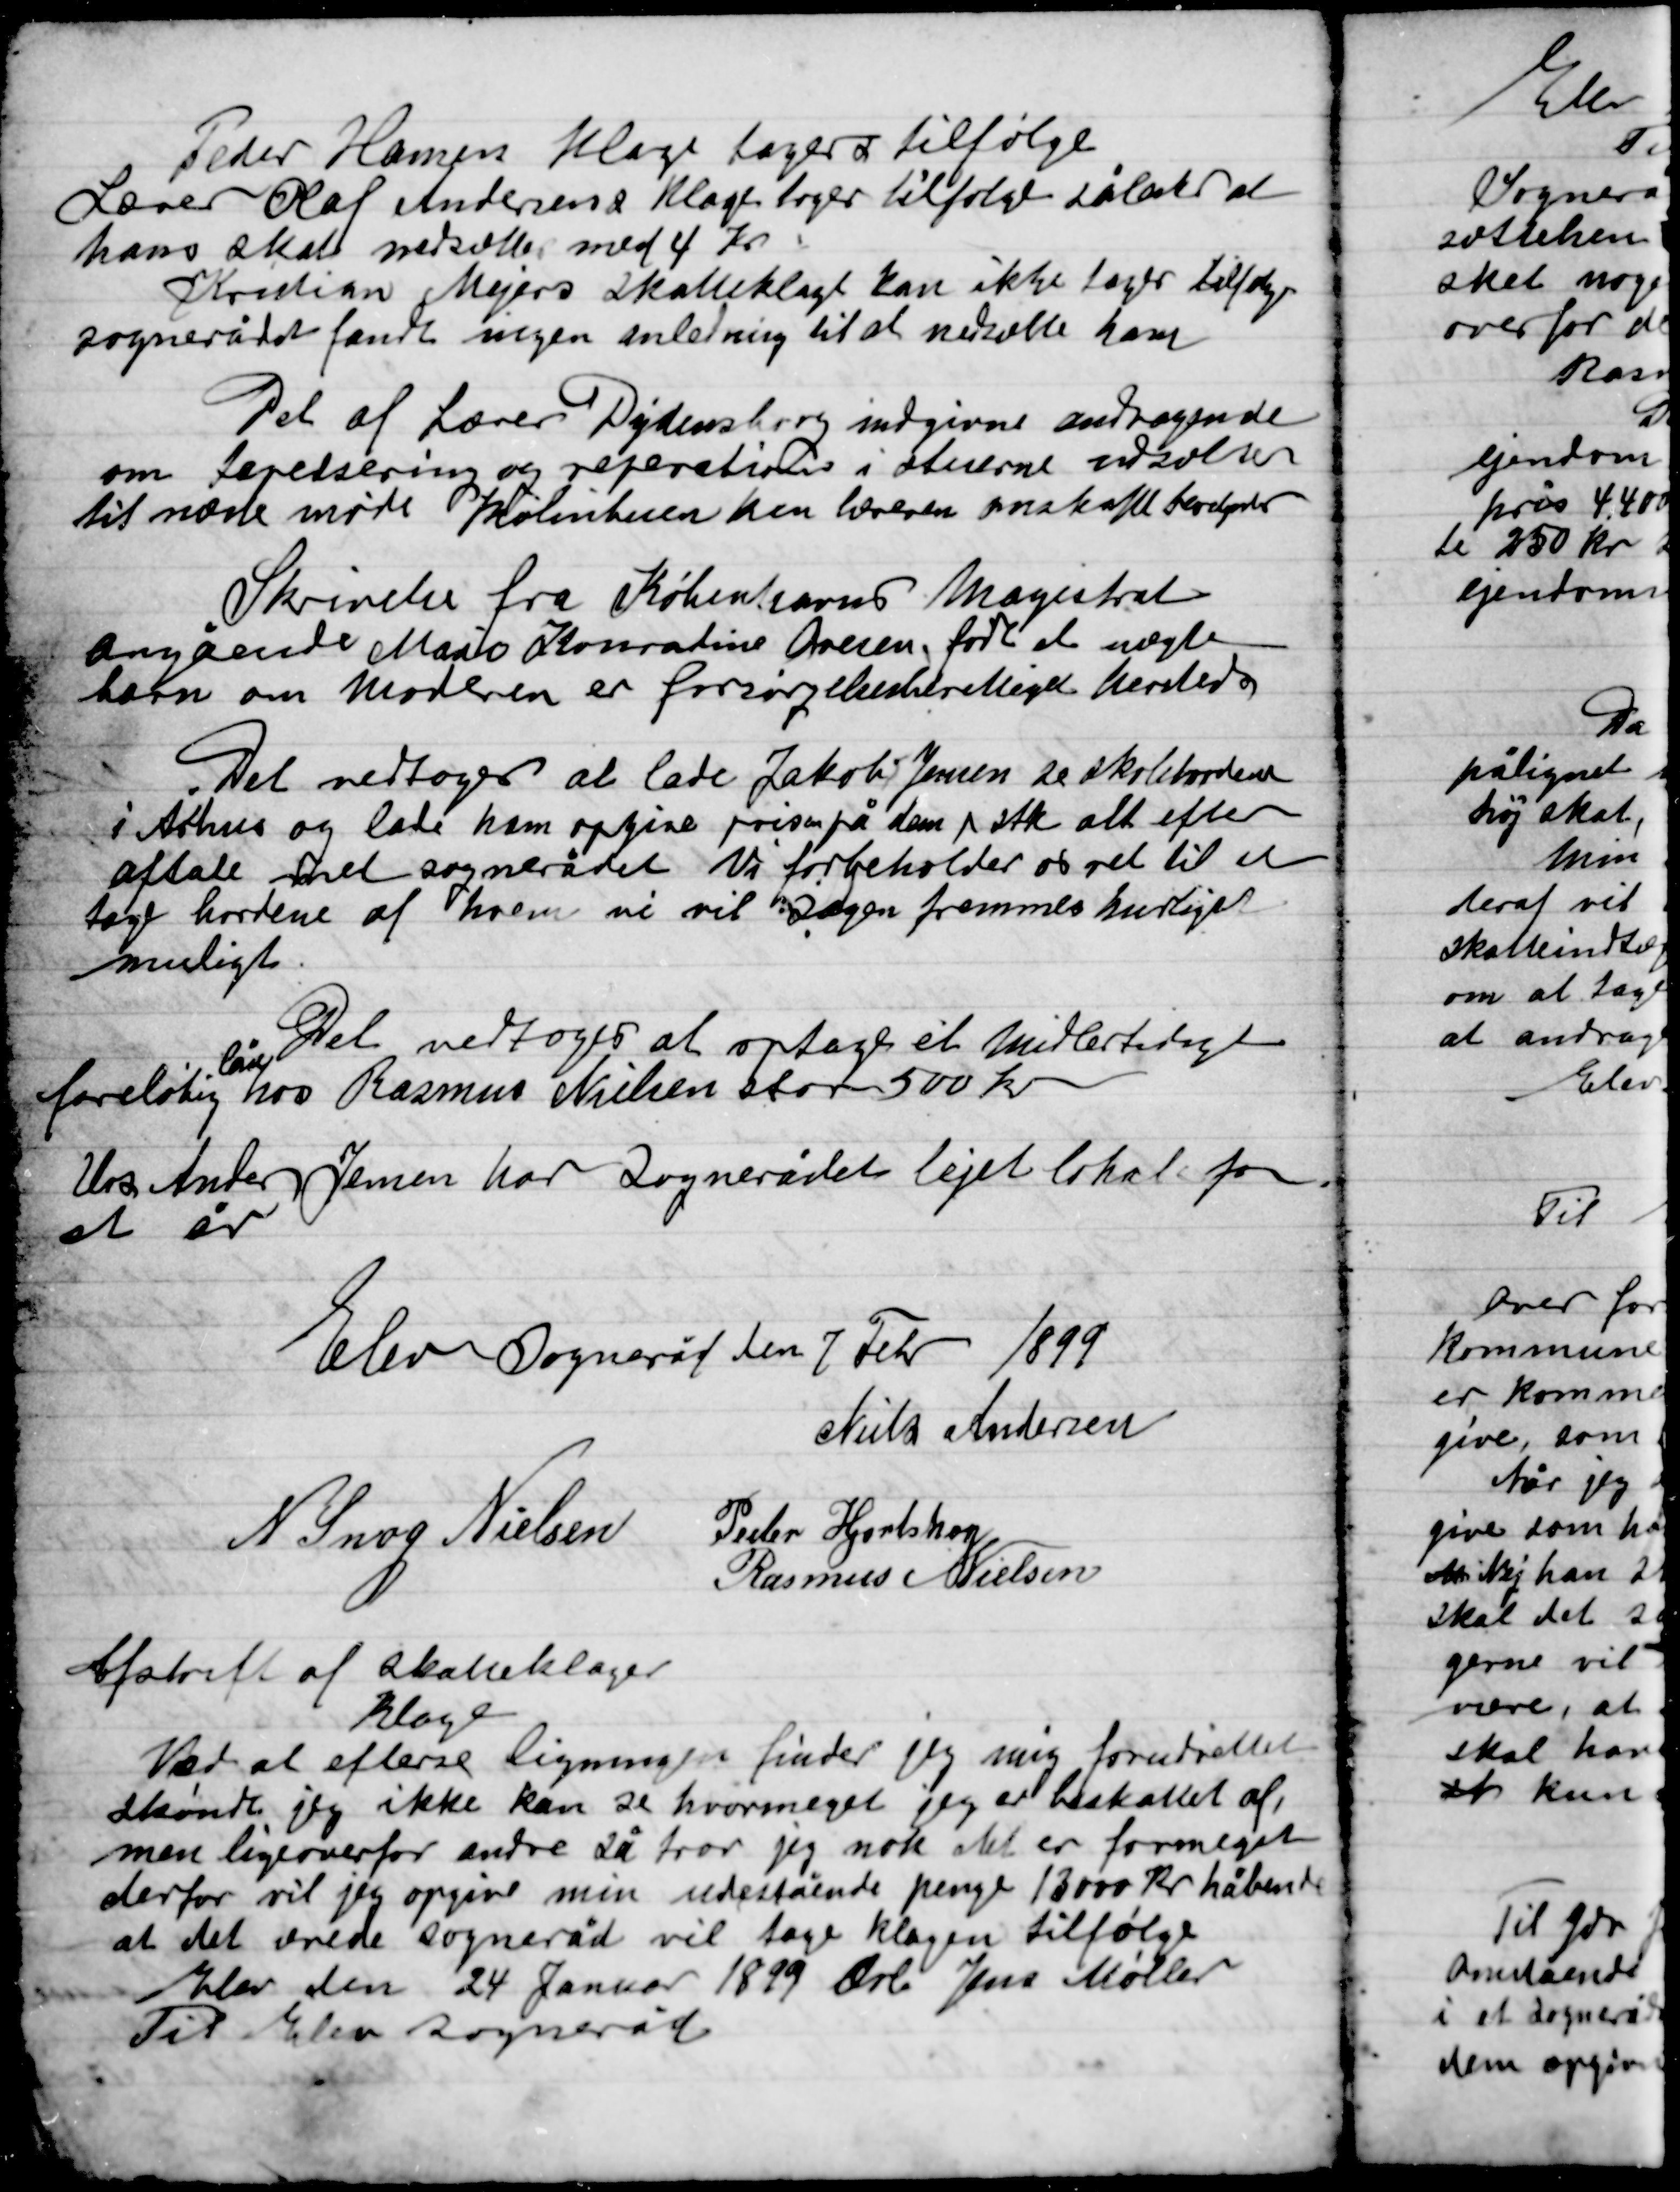
Transskription:
Peder Hansens klage tages tilfølge
Lærer Olaf Andersens klage tages tilfølge således at
hans skat nedsættes med 4 Kr.
Kristian Mejers skatteklage kan ikke tages tilfølge
Sognerådet fandt ingen anledning til at nedsætte ham

Det af Lærer Dydensborg indgivne andragende
om tapetsering og reparation i stuerne udsættes
til næste møde Skolestuen kan læreren anskaffe

Skrivelse fra Københavns Magistrat
angående Marie Konrandine Ovesen fødte et uægte
barn om moderen er forsørgelsesberettiget herved

Det vedtoges at lade Jakob Jensen de skoleborderne
i Århus og lade ham opgive prisen på dem pr stk alt efter
aftale med sognerådet Vi forbeholder os ret til at
tage bordene af hvem vi vil sagen fremmes hurtigst
muligt.

Det vedtoges at optage et midlertidigt
foreløbig
lån
hos Rasmus Nielsen stor 500 Kr

Urs Anders Jensen har sognerådet lejet lokale for
et år

Elev Sogneråd den 7 Febr. 1899

Niels Andersen
N. Snog Nielsen
Peder Hjortshøj
Rasmus Nielsen

Afskrift af skatteklager
Klage
 Ved at efterse ligningen finder jeg mig forudrettet
skønt jeg ikke kan se hvor meget jeg er beskattet af,
men ligeoverfor andre år tror jeg nok det er formeget
derfor vil jeg opgive min udestående penge 13000 Kr. håbende
at det ærede Sogneråd vil tage klagen tilfølge
Elev den 24 Januar 1899 Jens Møller
Til Elev Sogneråd